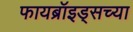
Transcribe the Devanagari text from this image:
फायब्रॉइड्सच्या